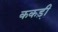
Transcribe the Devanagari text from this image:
ककड़ी़